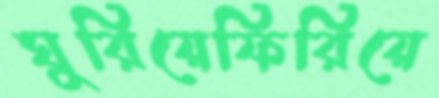
ঘুরিয়েফিরিয়ে